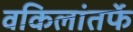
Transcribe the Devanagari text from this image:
वकिलांतर्फे